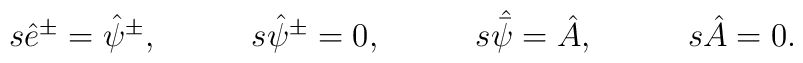
\matrix{s\hat e^\pm=\hat\psi^\pm,\quad &\quad s\hat\psi^\pm=0,\quad &\quad s\skew5\hat{\bar\psi}=\hat A,\quad &\quad s\hat A=0.}